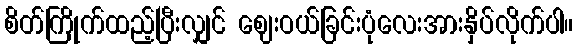
စိတ်ကြိုက်ထည့်ပြီးလျှင် ဈေးဝယ်ခြင်းပုံလေးအားနှိပ်လိုက်ပါ။